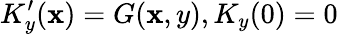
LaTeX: K_{y}^{\prime}(\mathbf{x})=G(\mathbf{x},y),K_{y}(0)=0